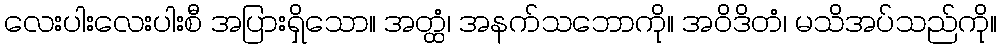
လေးပါးလေးပါးစီ အပြားရှိသော။ အတ္ထံ၊ အနက်သဘောကို။ အဝိဒိတံ၊ မသိအပ်သည်ကို။